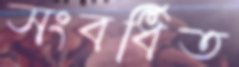
সংবর্ধিত